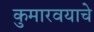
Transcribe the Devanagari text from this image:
कुमारवयाचे